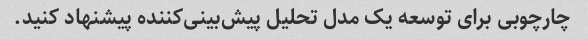
چارچوبی برای توسعه یک مدل تحلیل پیش‌بینی‌کننده پیشنهاد کنید.